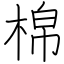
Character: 棉